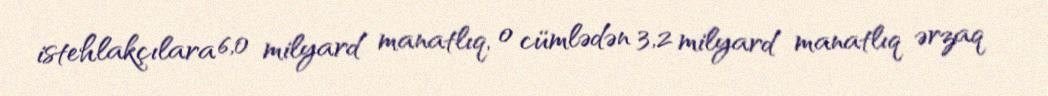
istehlakçılara 6,0 milyard manatlıq, o cümlədən 3,2 milyard manatlıq ərzaq